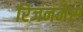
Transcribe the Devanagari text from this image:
रिजननेस